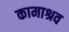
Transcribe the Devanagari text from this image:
कामाश्रव